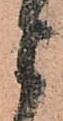
よ